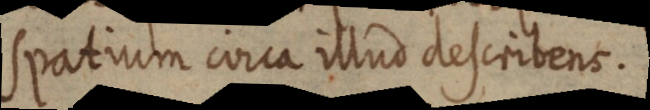
spatium circa illud describens.